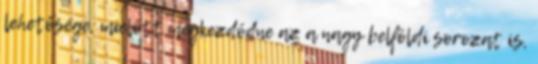
lehetősége, mielőtt megkezdődne az a nagy belföldi sorozat is,